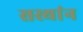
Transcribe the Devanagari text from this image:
सस्थांन